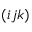
( i j k )